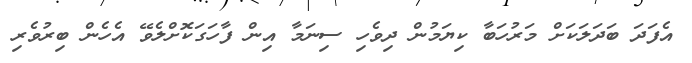
އެފަދަ ބަދަލަކަށް މަރުހަބާ ކިޔަމުން ދިވެހި ސިނަމާ އިން ފާހަގަކޮށްލެވޭ އެހެން ބިރުވެރި